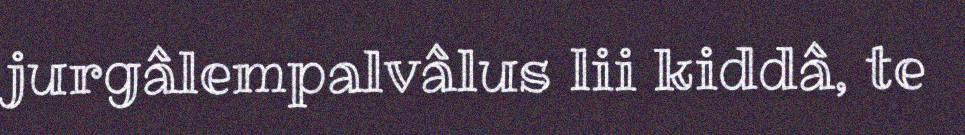
jurgâlempalvâlus lii kiddâ, te